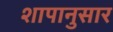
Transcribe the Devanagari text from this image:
शापानुसार